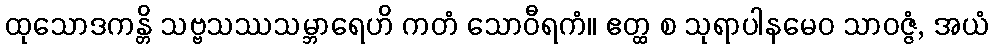
ထုသောဒကန္တိ သဗ္ဗသဿသမ္ဘာရေဟိ ကတံ သောဝီရကံ။ ဧတ္ထ စ သုရာပါနမေဝ သာဝဇ္ဇံ, အယံ